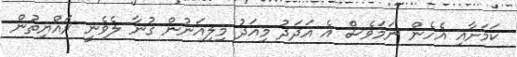
ކަމަށާއި އެހެން ނަމަވެސް އެ އަދަދު މިއަދު މިލިއަނުން ގުނާ ލެވެނީ ރައްޔިތުން